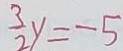
\frac { 3 } { 2 } y = - 5